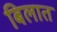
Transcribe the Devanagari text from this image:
बिलात